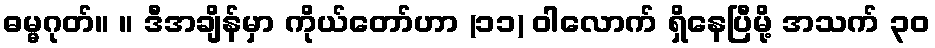
ဓမ္မဂုတ်။ ။ ဒီအချိန်မှာ ကိုယ်တော်ဟာ (၁၁) ဝါလောက် ရှိနေပြီမို့ အသက် ၃၀